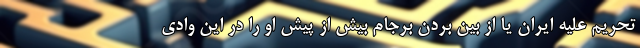
تحریم علیه ایران یا از بین بردن برجام بیش از پیش او را در این وادی